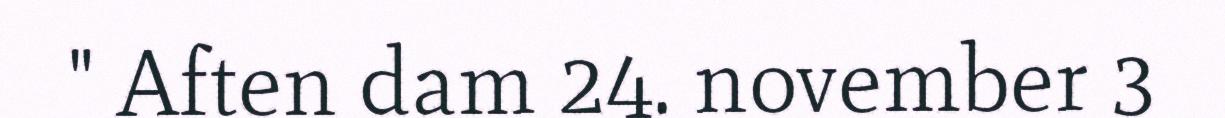
" Aften dam 24. november 3